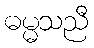
ဓမ္မသညီ